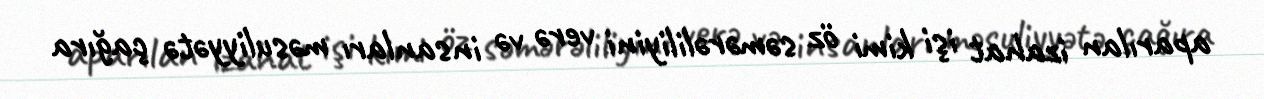
aparılan izahat işi kimi öz səmərəliliyini verə və insanları məsuliyyətə çağıra